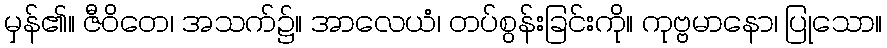
မှန်၏။ ဇီဝိတေ၊ အသက်၌။ အာလေယံ၊ တပ်စွန်းခြင်းကို။ ကုဗ္ဗမာနော၊ ပြုသော။